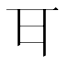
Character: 𭺪